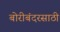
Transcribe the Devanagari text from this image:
बोरीबंदरसाठी